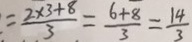
= \frac { 2 \times 3 + 8 } { 3 } = \frac { 6 + 8 } { 3 } = \frac { 1 4 } { 3 }